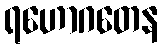
ရဟောဂတေန